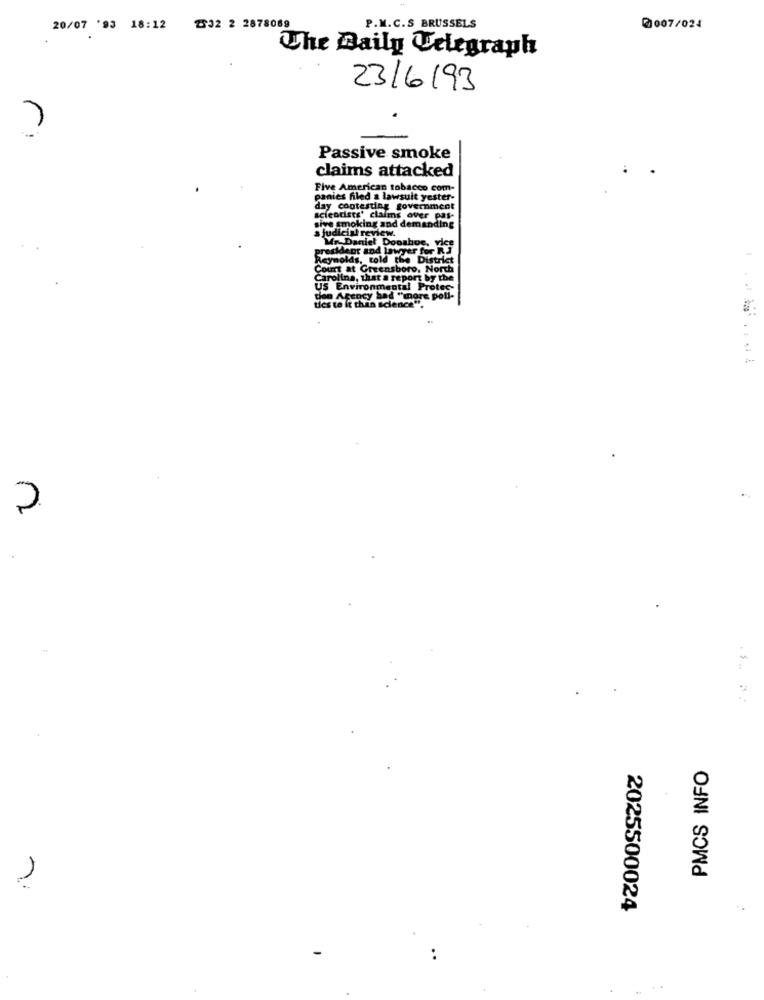
20/07 '93 18:12 2332 2 2878069
P.M.C.S BRUSSELS
@007/024
The Daily Telegraph
23/6/93
Passive smoke
claims attacked
Five American tobacco com-
panies filed a lawsuit yester-
day contesting government
scientists' claims over pas-
sive smoking and demanding
a judicial review.
Mr. Daniel Dooshoe, vice
Reynolds, told the
the District
Court at Greensboro, North
Carolina, that a report by the
US Environmental Protec-
den Agency bad "more poll-
tics to it than science".
.......
PMCS INFO
2025500024